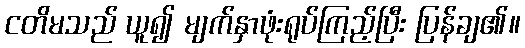
ငတိမသည် ယူ၍ မျက်နှာဖုံးရုပ်ကြည့်ပြီး ပြန်ချ၏။